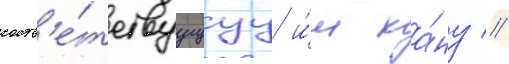
соотв'е́тствуущуу и́м ка́ну //